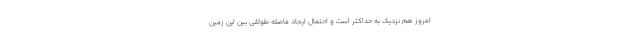
امروز هم نزدیک به حداکثر است و احتمال ایجاد فاصله طولانی بین این زمین